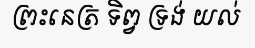
ព្រះនេត្រ ទិព្វ ទ្រង់ យល់